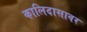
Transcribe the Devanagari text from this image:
कालिदासावर